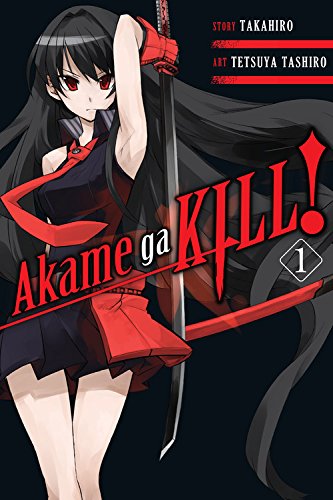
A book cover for Akame ga KILL!, Vol. 1; Takahiro; Comics & Graphic Novels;